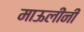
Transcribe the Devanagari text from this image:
माऊलींनी